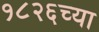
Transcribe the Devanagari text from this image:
१८२६च्या